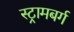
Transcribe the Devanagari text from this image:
स्ट्रामबर्ग